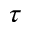
\tau